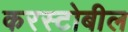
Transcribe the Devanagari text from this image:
करस्टोबील